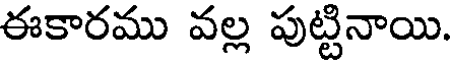
ఈకారము వల్ల పుట్టినాయి.